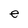
Character: e